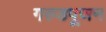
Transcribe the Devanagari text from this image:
गरुडपूजन